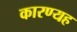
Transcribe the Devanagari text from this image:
कारण्यह